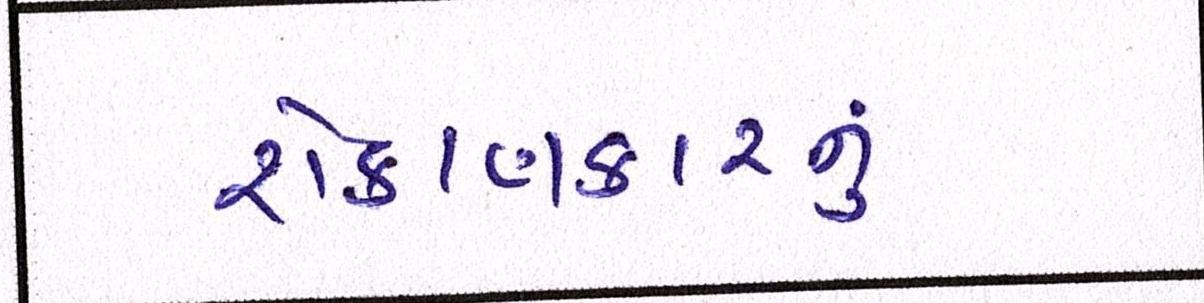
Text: રોકાણકારનું